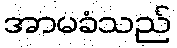
အာမခံသည်